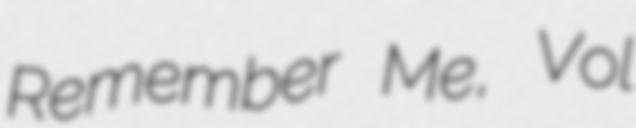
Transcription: Remember Me, Vol